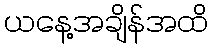
ယနေ့အချိန်အထိ